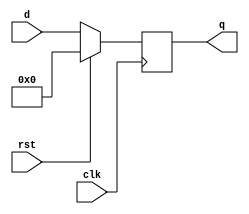
module flopr(clk, rst, d, q);
	parameter width = 32;
	
	input clk;
	input rst;
	input [width - 1:0] d;
	output reg [width - 1:0] q;
	
	always@(posedge clk)
		begin
		q <= (rst == 1) ? 0 : d;
		end
endmodule